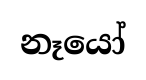
නෑයෝ